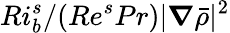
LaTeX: Ri_{b}^{s}/(Re^{s}Pr)|\boldsymbol{\nabla}\bar{\rho}|^{2}